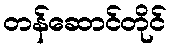
တန်ဆောင်တိုင်